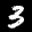
Label: 3